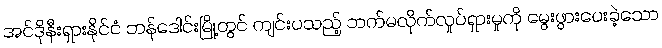
အင်ဒိုနီးရှားနိုင်ငံ ဘန်ဒေါင်းမြို့တွင် ကျင်းပသည့် ဘက်မလိုက်လှုပ်ရှားမှုကို မွေးဖွားပေးခဲ့သော